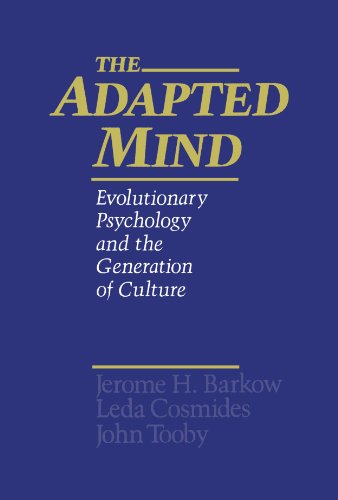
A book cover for The Adapted Mind: Evolutionary Psychology and the Generation of Culture; Science & Math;